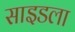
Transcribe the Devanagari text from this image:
साइडला